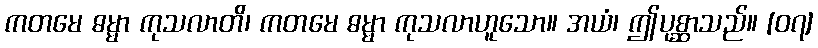
ကတမေ ဓမ္မာ ကုသလာတိ၊ ကတမေ ဓမ္မာ ကုသလာဟူသော။ အယံ၊ ဤပုစ္ဆာသည်။ [၀၇]